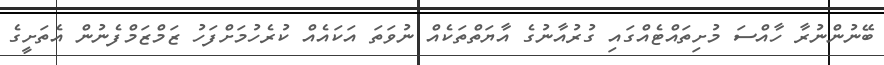
ބޭނުންނުރާ ހާއްސަ މުށިތައްޓެއްގައި ގުރުއާނުގެ އާޔަތްތަކެއް ނުވަތަ އަކައެއް ކުރެހުމަށްފަހު ޒަމްޒަމްފެނުން އެތަށީގެ